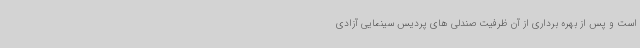
است و پس از بهره برداری از آن ظرفیت صندلی های پردیس سینمایی آزادی